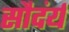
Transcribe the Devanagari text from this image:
सौदंर्य